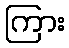
ကြား